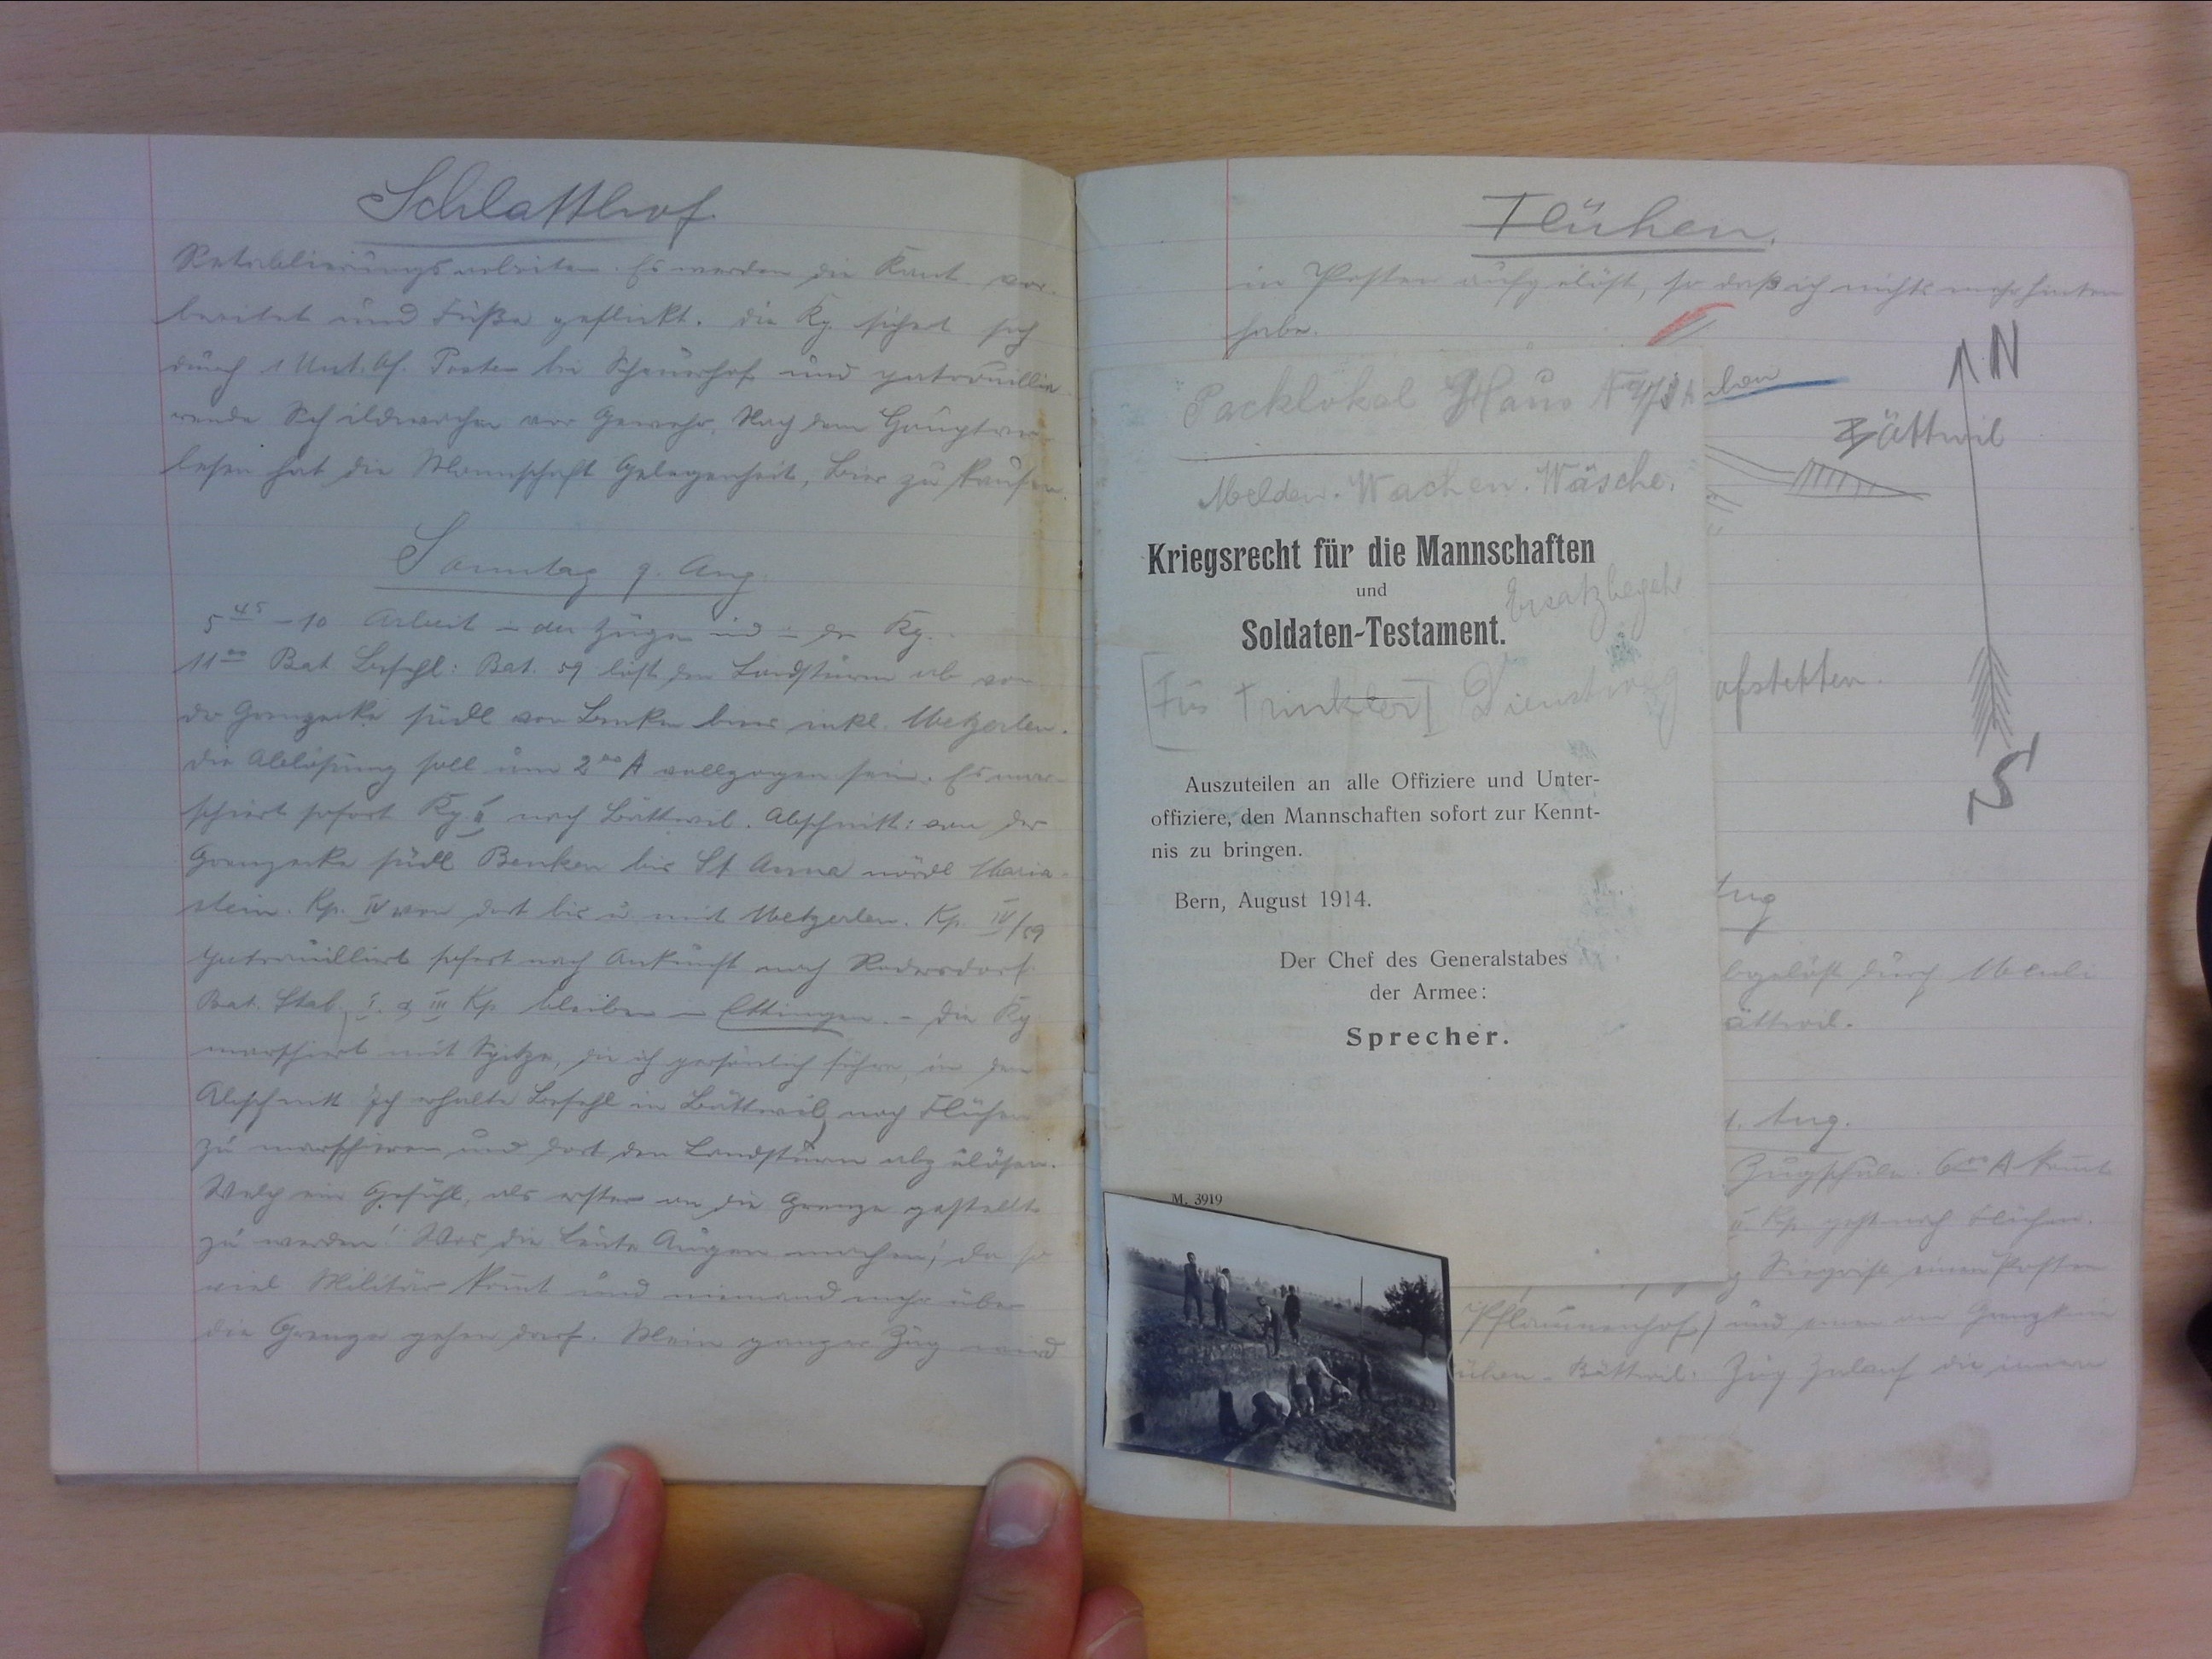
Schlatthof
Retablierungsarbeiten. Es werden die Kant. vor-
beritet und Füsse geflickt. die Kp. sichert sich
durch 1 Unt. Of. Posten bei Schlaffhof und patrouillie-
rende Schildwachen aus Gewehr. Nach dem Hauptver-
lesen hat die Mannschaft Gelegenheit, Bier zu kaufen.
Samstag, 9. Aug.
545-10 Arbeit in den Zügen und in der Kp.
1100 Bat Befehl: Bat. 59 löst den Landsturm ab von
der Grenzecke südl. von Benken bins inkl. Metzerlen.
die Ablösung soll um 200 A. vollzogen sein. Es mar-
schiert sofort Kp. II. nach Büttwil. Abschnitt: von der
Grenzecke südl. Benken bis St. Anna nördl. Maria-
stein. Kp. IV von dort bis u. mit Mezterlen. Kp. IV/59
patrouilliert sofort nach Ankunft nach Rodersdorf.
Bat. Stab., I. & III. Kp. bleiben in Ettingen. - Die Kp.
marschiert mit Spitze, die ich persönlich führe, in den
Abschnitt. Ich erhalte Befehl in Bättwil nach Flühen
zu marschierden und dort den Landsturm abzulösen.
Welch ein Gefühl, als erster an die Grenze gestellt
zu werden! Was de Leute Augen machen! da so
viel Militär kommt und niemand mehr über
die Grenze gehen darf. Mein ganzer Zug wird